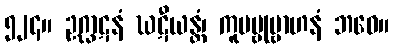
၅၂၄။ ဥဂ္ဃာဋနံ ဃဋီယန္တံ၊ ကူပမ္ဗုဗ္ဗာဟနံ ဘဝေ။